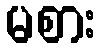
မစား